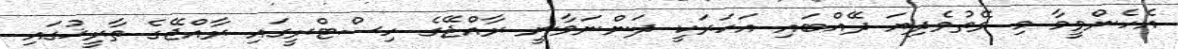
އެހެންވީމާ މި ވޭތުވެދިޔަ ދޭއްބައި އަހަރަކީ ދަންނަވާނީ ރާއްޖޭގެ ހިސްޓްރީގައި ރާއްޖޭގެ ތާރީޚުގައި